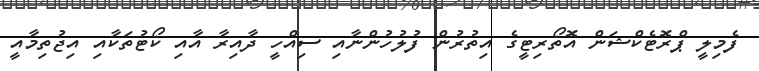
ފެމިލީ ޕްރޮޓެކްޝަން އޮތޯރިޓީގެ އިތުރުން ފުލުހުންނާއި ސިއްހީ ދާއިރާ އާއި ކޯޓުތަކާއި އިޖުތިމާއީ